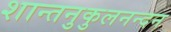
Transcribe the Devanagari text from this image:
शान्तनुकुलनन्दन